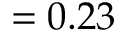
= 0 . 2 3